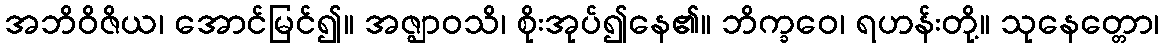
အဘိဝိဇိယ၊ အောင်မြင်၍။ အဇ္ဈာဝသိ၊ စိုးအုပ်၍နေ၏။ ဘိက္ခဝေ၊ ရဟန်းတို့။ သုနေတ္တော၊